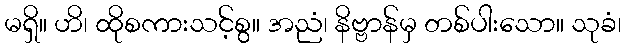
မရှိ။ ဟိ၊ ထိုစကားသင့်စွ။ အညံ၊ နိဗ္ဗာန်မှ တစ်ပါးသော။ သုခံ၊